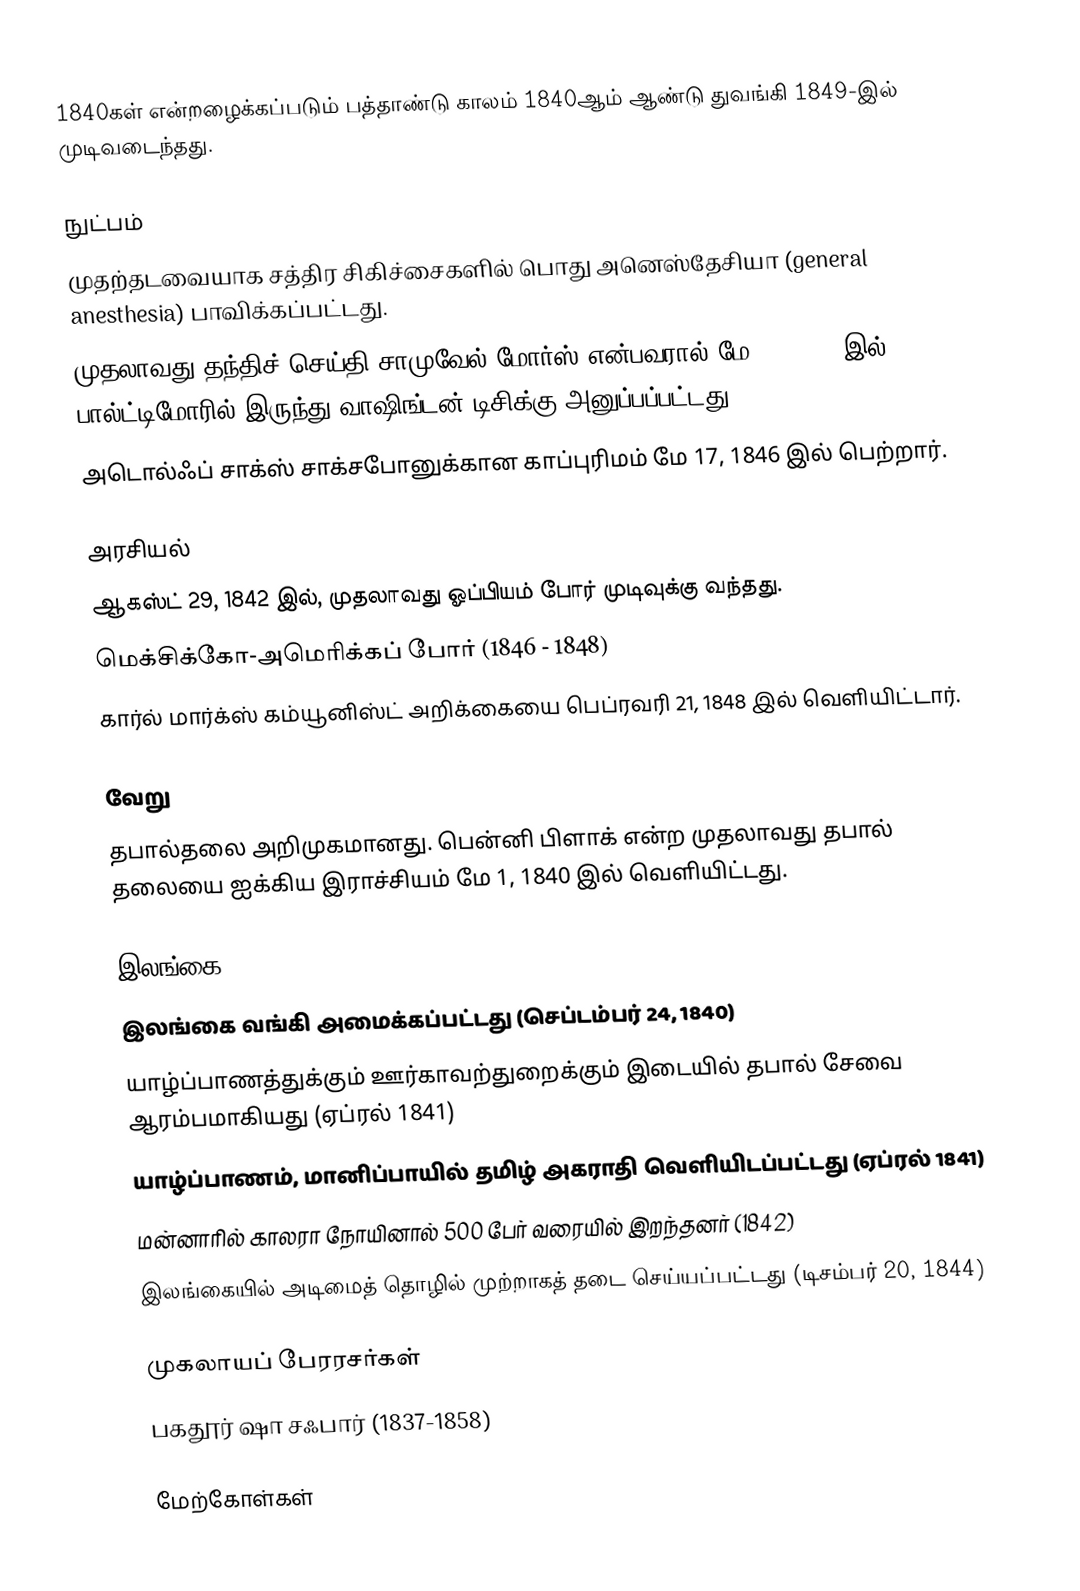
1840கள் என்றழைக்கப்படும் பத்தாண்டு காலம் 1840ஆம் ஆண்டு துவங்கி 1849-இல் முடிவடைந்தது.

நுட்பம்
 முதற்தடவையாக சத்திர சிகிச்சைகளில் பொது அனெஸ்தேசியா (general anesthesia) பாவிக்கப்பட்டது.
 முதலாவது தந்திச் செய்தி சாமுவேல் மோர்ஸ் என்பவரால் மே 24, 1844 இல் பால்ட்டிமோரில் இருந்து வாஷிங்டன் டிசிக்கு அனுப்பப்பட்டது.
 அடொல்ஃப் சாக்ஸ் சாக்சபோனுக்கான காப்புரிமம் மே 17, 1846 இல் பெற்றார்.

அரசியல்
 ஆகஸ்ட் 29, 1842 இல், முதலாவது ஓப்பியம் போர் முடிவுக்கு வந்தது.
 மெக்சிக்கோ-அமெரிக்கப் போர் (1846 - 1848)
 கார்ல் மார்க்ஸ் கம்யூனிஸ்ட் அறிக்கையை பெப்ரவரி 21, 1848 இல் வெளியிட்டார்.

வேறு
 தபால்தலை அறிமுகமானது. பென்னி பிளாக் என்ற முதலாவது தபால் தலையை ஐக்கிய இராச்சியம் மே 1, 1840 இல் வெளியிட்டது.

இலங்கை
 இலங்கை வங்கி அமைக்கப்பட்டது (செப்டம்பர் 24, 1840)
 யாழ்ப்பாணத்துக்கும் ஊர்காவற்துறைக்கும் இடையில் தபால் சேவை ஆரம்பமாகியது (ஏப்ரல் 1841)
 யாழ்ப்பாணம், மானிப்பாயில் தமிழ் அகராதி வெளியிடப்பட்டது (ஏப்ரல் 1841)
 மன்னாரில் காலரா நோயினால் 500 பேர் வரையில் இறந்தனர் (1842)
 இலங்கையில் அடிமைத் தொழில் முற்றாகத் தடை செய்யப்பட்டது (டிசம்பர் 20, 1844)

முகலாயப் பேரரசர்கள்
 பகதூர் ஷா சஃபார் (1837-1858)

மேற்கோள்கள்